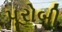
પૂરોબી